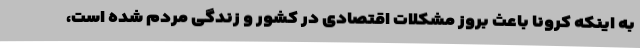
به اینکه کرونا باعث بروز مشکلات اقتصادی در کشور و زندگی مردم شده است،